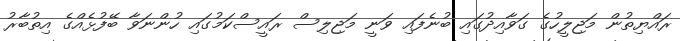
ރައްޔިތުން މަޖިލީހުގެ ގަވާއިދުގައި ބުނެފައި ވަނީ މަޖިލިސް ރައީސްކަމުގައި ހުންނަވާ ބޭފުޅެއްގެ އިތުބާރު